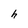
Character: h